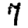
Digit: 7